Indian journal of veterinary science and animal husbandry - Volume 5,
Year: 1935
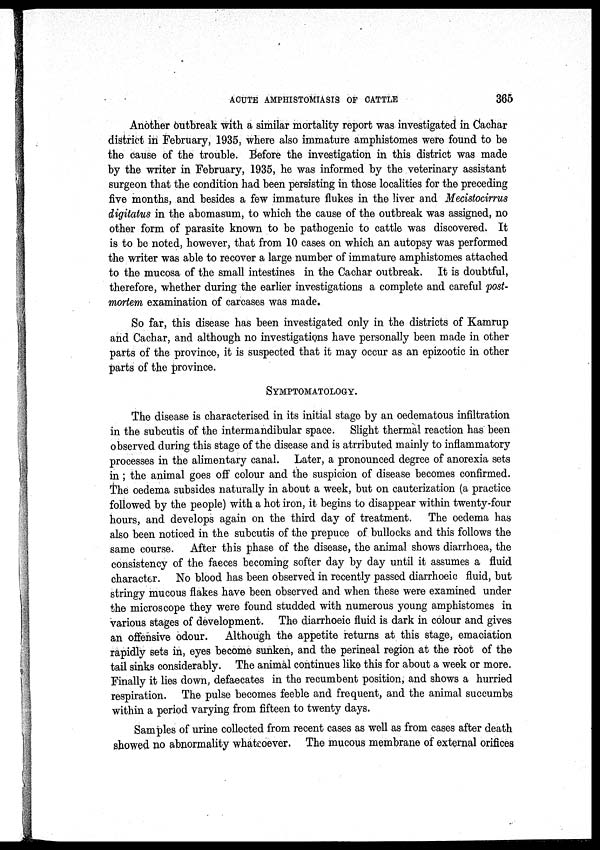
ACUTE AMPHISTOMIASIS OF CATTLE
365
Another outbreak with a similar mortality report was investigated in Cachar
district in February, 1935, where also immature amphistomes were found to be
the cause of the trouble. Before the investigation in this district was made
by the writer in February, 1935, he was informed by the veterinary assistant
surgeon that the condition had been persisting in those localities for the preceding
five months, and besides a few immature flukes in the liver and Mecistocirrus
digitatus in the abomasum, to which the cause of the outbreak was assigned, no
other form of parasite known to be pathogenic to cattle was discovered. It
is to be noted, however, that from 10 cases on which an autopsy was performed
the writer was able to recover a large number of immature amphistomes attached
to the mucosa of the small intestines in the Cachar outbreak. It is doubtful,
therefore, whether during the earlier investigations a complete and careful post-
mortem examination of carcases was made.
So far, this disease has been investigated only in the districts of Kamrup
and Cachar, and although no investigations have personally been made in other
parts of the province, it is suspected that it may occur as an epizootic in other
parts of the province.
SYMPTOMATOLOGY.
The disease is characterised in its initial stage by an oedematous infiltration
in the subcutis of the intermandibular space. Slight thermal reaction has been
observed during this stage of the disease and is atrributed mainly to inflammatory
processes in the alimentary canal. Later, a pronounced degree of anorexia sets
in; the animal goes off colour and the suspicion of disease becomes confirmed.
The oedema subsides naturally in about a week, but on cauterization (a practice
followed by the people) with a hot iron, it begins to disappear within twenty-four
hours, and develops again on the third day of treatment. The oedema has
also been noticed in the subcutis of the prepuce of bullocks and this follows the
same course. After this phase of the disease, the animal shows diarrhoea, the
consistency of the faeces becoming softer day by day until it assumes a fluid
character. No blood has been observed in recently passed diarrhoeic fluid, but
stringy mucous flakes have been observed and when these were examined under
the microscope they were found studded with numerous young amphistomes in
various stages of development. The diarrhoeic fluid is dark in colour and gives
an offensive odour. Although the appetite returns at this stage, emaciation
rapidly sets in, eyes become sunken, and the perineal region at the root of the
tail sinks considerably. The animal continues like this for about a week or more.
Finally it lies down, defaecates in the recumbent position, and shows a hurried
respiration. The pulse becomes feeble and frequent, and the animal succumbs
within a period varying from fifteen to twenty days.
Samples of urine collected from recent cases as well as from cases after death
showed no abnormality whatsoever. The mucous membrane of external orifices